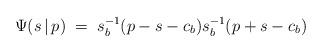
LaTeX: \begin{align*}\Psi(s\,|\,p)\;=\;s_b^{-1}(p-s-c_b)s_b^{-1}(p+s-c_b)\end{align*}